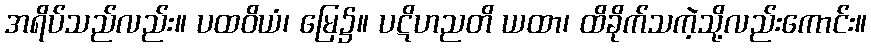
အရိပ်သည်လည်း။ ပထဝိယံ၊ မြေ၌။ ပဋိဟညတိ ယထာ၊ ထိခိုက်သကဲ့သို့လည်းကောင်း။